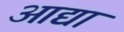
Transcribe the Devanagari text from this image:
आद्यां